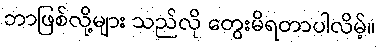
ဘာဖြစ်လို့များ သည်လို တွေးမိရတာပါလိမ့်။